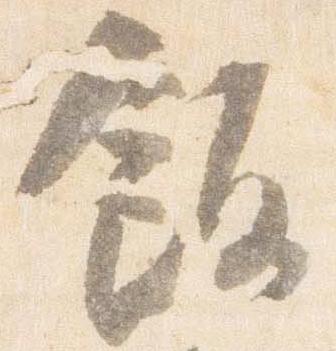
飯